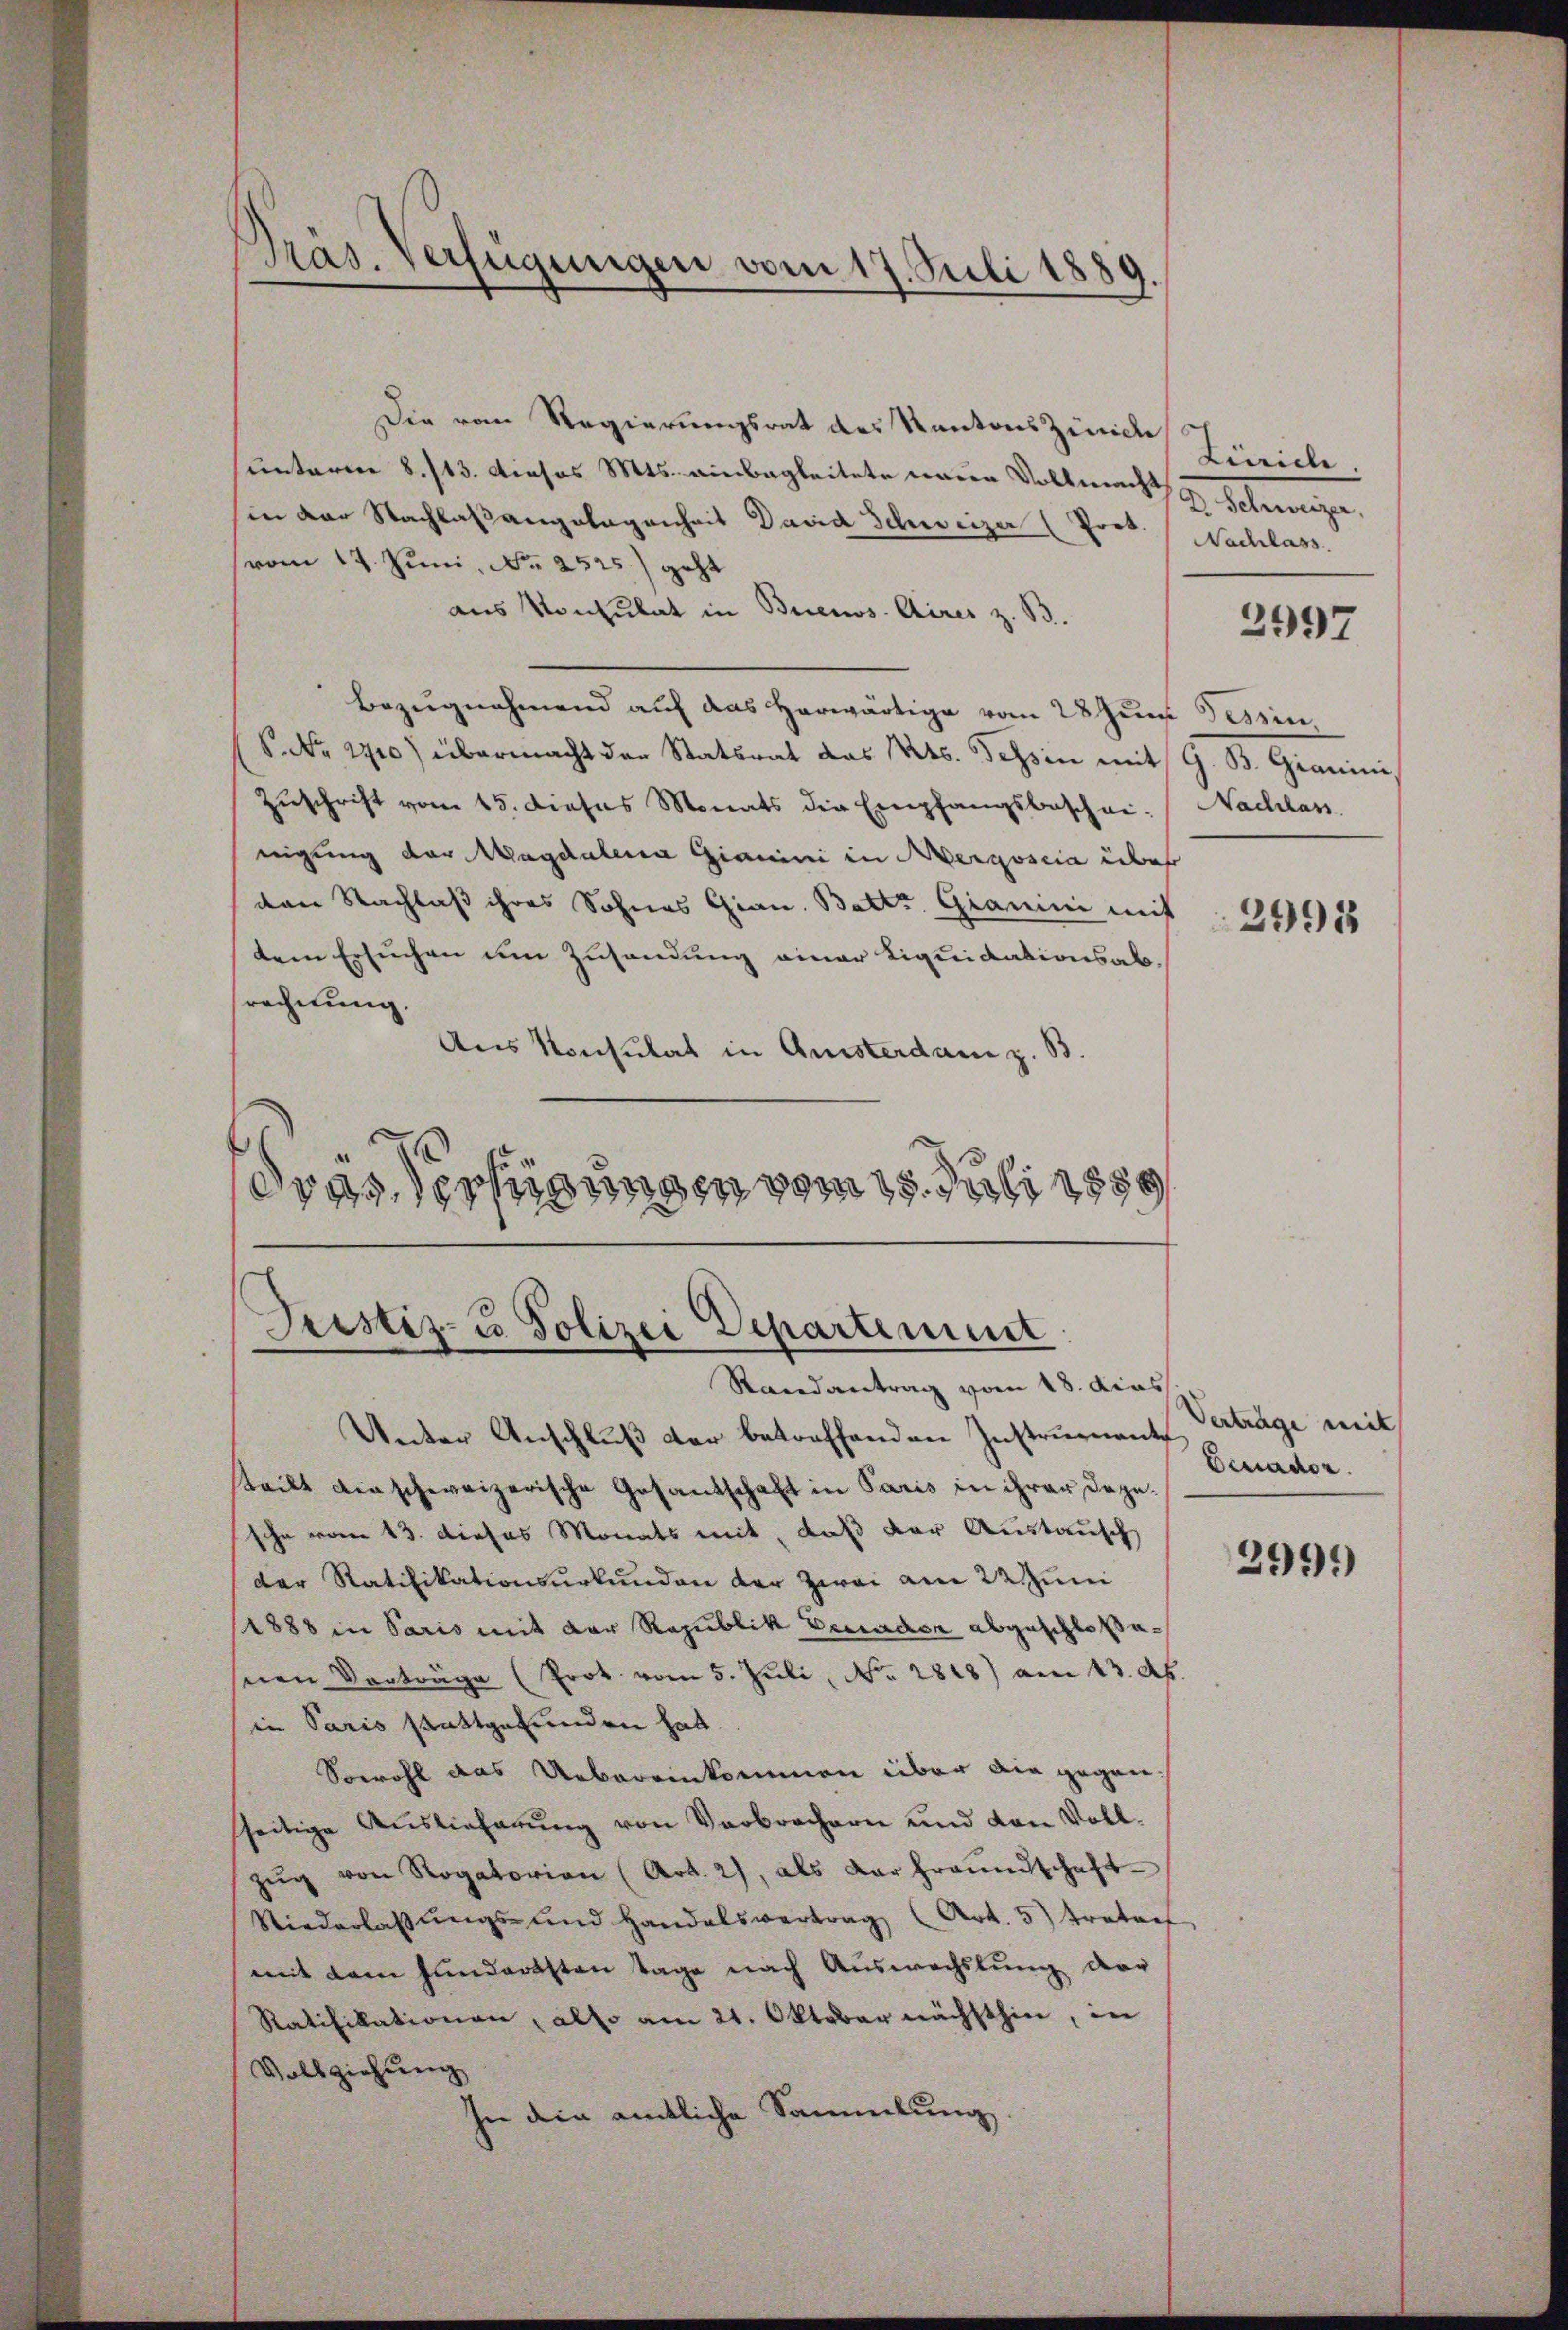
Die vom Regierungsrat des Kantons Zürich
unterm 8./13. Dieses Mts. einbegleitete neuen Vollmacht & Schweizer,
in der Nachlaßangelegenheit David Schweizer (Prot.
vom 17. Juni, Nr. 2525) geht
aus Konsulat in Buenos Aires z. B.
Bezugnahmend auf das herwärtige vom 28 Juni Tessin,
P. Nr. 1910) übermacht der Statsrat das Mts. Tessin mit G. B. Granini,
Zŭschrift vom 15. Dieses Monats die Empfangsbeschei- Nachlass
nigung der Magdalena Gianini in Aergoscia über
den Nachlaß ihres Sohnes Grau. Batte. Gianini mit
dem Ersuchen um Zusendung einer Liquidationsabsrechnung.
Aus Konsulat in Quisterdam z. B.
dras Verfügungen vom 15. Juli 1850

Präs. Verfügungen vom 17. Juli 1889.

Justiz- u Polizei Departement
Randantrag vom 18. dies

Unter Anschluß der betreffenden Instrument
teilt die schweizerische Gesantschaft in Paris in ihrer dagesche vom 13. dieses Monats mit, daß der Austausch
der Ratifikationsurkunden der zwei am 22. Juni
(1888 in Paris mit der Republik Veraden abgeschloßenen Vorträge (Prot. vom 5. Juli, No. 2818) am 13. d.
in Paris stattgefunden hat.
Sowohl das Uebereinkommen über die gegenseitige Auslieferŭng von Verbrechern und von Voll-
zŭg von Rogatorian (Art. 2), als der freundschaft-
Niederlassŭngs- und Handelsvertrag (Art. 5) trator
mit dem Fundarsten Tage nach Auswechslung dar
Ratifikationen, also am 21. Oktober nächsthin, in
Vollziehung
hie die amtliche Sammlung.

Zürich.
Nachlass

2997

2995

Verträge mit
Benader.

2999